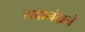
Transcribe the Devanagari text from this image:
सदानंदाने